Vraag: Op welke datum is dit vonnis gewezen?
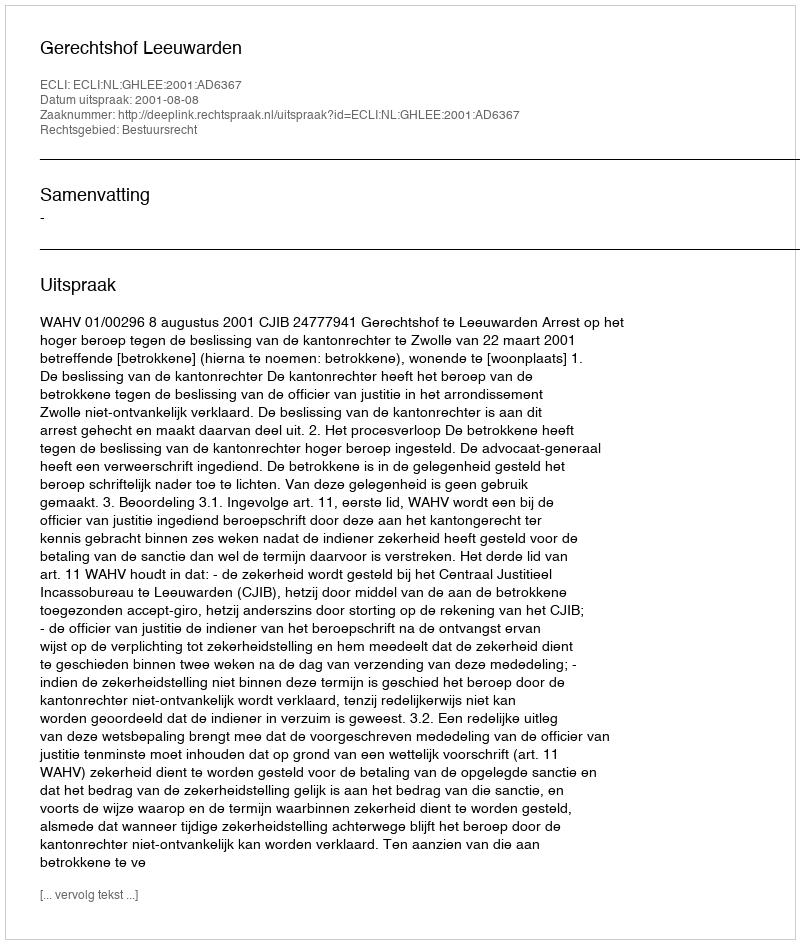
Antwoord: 2001-08-08